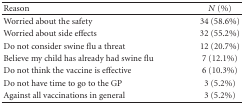
<table><thead><tr><td><b>Reason</b></td><td><b><i>N</i> (%)</b></td></tr></thead><tbody><tr><td>Worried about the safety</td><td>34 (58.6%)</td></tr><tr><td>Worried about side effects</td><td>32 (55.2%)</td></tr><tr><td>Do not consider swine flu a threat</td><td>12 (20.7%)</td></tr><tr><td>Believe my child has already had swine flu</td><td>7 (12.1%)</td></tr><tr><td>Do not think the vaccine is effective</td><td>6 (10.3%)</td></tr><tr><td>Do not have time to go to the GP</td><td>3 (5.2%)</td></tr><tr><td>Against all vaccinations in general</td><td>3 (5.2%)</td></tr></tbody></table>